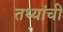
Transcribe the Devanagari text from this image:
तथ्यांची